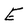
Character: E